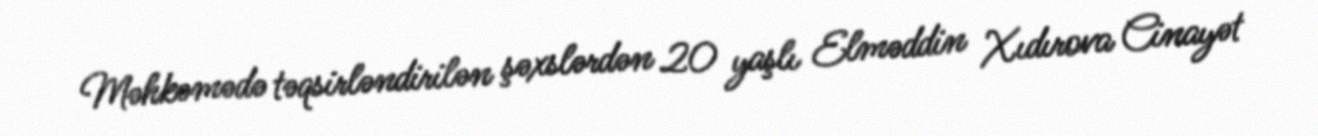
Məhkəmədə təqsirləndirilən şəxslərdən 20 yaşlı Elməddin Xıdırova Cinayət